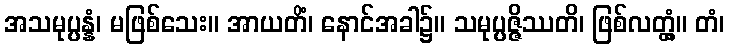
အသမုပ္ပန္နံ၊ မဖြစ်သေး။ အာယတိံ၊ နောင်အခါ၌။ သမုပ္ပဇ္ဇိဿတိ၊ ဖြစ်လတ္တံ့။ တံ၊